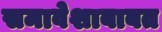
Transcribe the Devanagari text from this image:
समावेशाबाबत